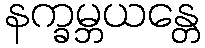
နက္ခမ္ဘယန္တေ